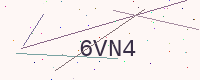
Text: 6VN4